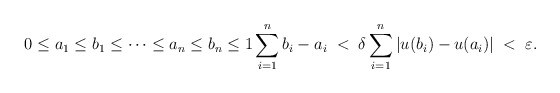
\begin{align*}0\leq a_1\leq b_1 \leq \cdots \leq a_n\leq b_n \leq 1 \sum_{i=1}^n b_i - a_i \; < \; \delta \sum_{i=1}^n|u(b_i) - u(a_i)| \; < \; \varepsilon.\end{align*}